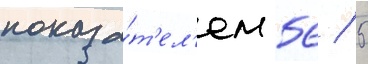
показа́т'ел'ем 56 / 5